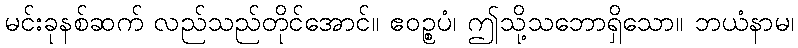
မင်းခုနစ်ဆက် လည်သည်တိုင်အောင်။ ဧဝဉ္စပံ၊ ဤသို့သဘောရှိသော။ ဘယံနာမ၊